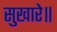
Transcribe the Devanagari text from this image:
सुखारे॥